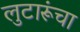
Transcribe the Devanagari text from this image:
लुटारूंचा